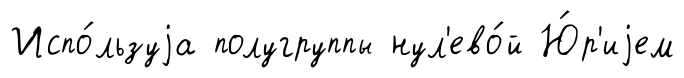
Испо́льзуjа полугруппы нул'ево́й Ю́р'иjем